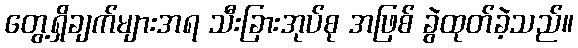
တွေ့ရှိချက်များအရ သီးခြားအုပ်စု အဖြစ် ခွဲထုတ်ခဲ့သည်။